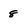
Character: 8